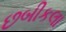
છબીકલા